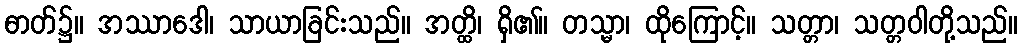
ဓာတ်၌။ အဿာဒေါ၊ သာယာခြင်းသည်။ အတ္ထိ၊ ရှိ၏။ တသ္မာ၊ ထိုကြောင့်။ သတ္တာ၊ သတ္တဝါတို့သည်။